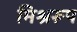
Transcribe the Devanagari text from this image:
मिश्ररूप